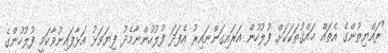
"ރައްޔިތުންގެ އެތައް ޙައްޤުތަކަަކަށް ފުލުހުން އަރައިގަންނައިރު އެފަދަ ފުލުހުންނާމެދު ފިޔަވަޅު އަޅާފައިނުވާކަމީ ފުލުހުންގެ